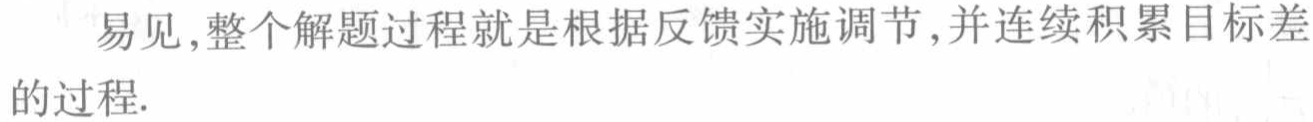
易见,整个解题过程就是根据反馈实施调节,并连续积累目标差的过程.